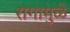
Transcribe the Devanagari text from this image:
रागामुळे